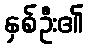
နှစ်ဦး၏